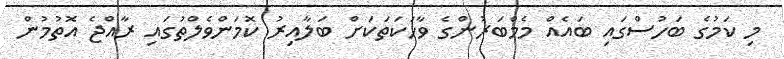
މި ކަމުގެ ބަހުސްގައި ބައެއް މެމްބަރުންގެ ވާހަކަތަކަށް ބަލާއިރު ކޮމަންވެލްތުގައި ރާއްޖެ އޮތުމުން